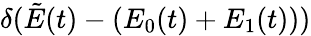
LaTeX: \delta(\tilde{E}(t)-(E_{0}(t)+E_{1}(t)))